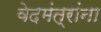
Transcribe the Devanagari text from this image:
वेदमंत्रांना